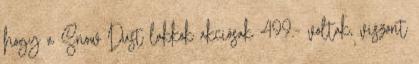
hogy a Snow Dust lakkok akciósak 499.- voltak, viszont